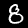
Label: 8